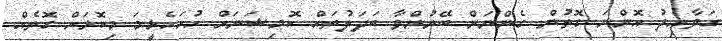
ގަވާއިދު އޮންނަ ގޮތުން ގެންނަން ބޭނުންވާ ބަދަލުތައް ކޮމިޝަނަށް ހުށަހެޅީމަ މިކޮޅަށް ގޮތެއް